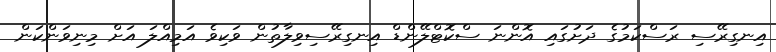
އިނގިރޭސި ރަސްކަމުގެ ދަށުގައި އޮންނަ ސްކޮޓްލޭންޑް އިނގިރޭސިވިލާތުން ވަކިވެ އަމިއްލަ އަށް މިނިވަންކަން